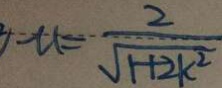
= t _ { 1 } = \frac { 2 } { \sqrt { 1 + 2 k ^ { 2 } } }